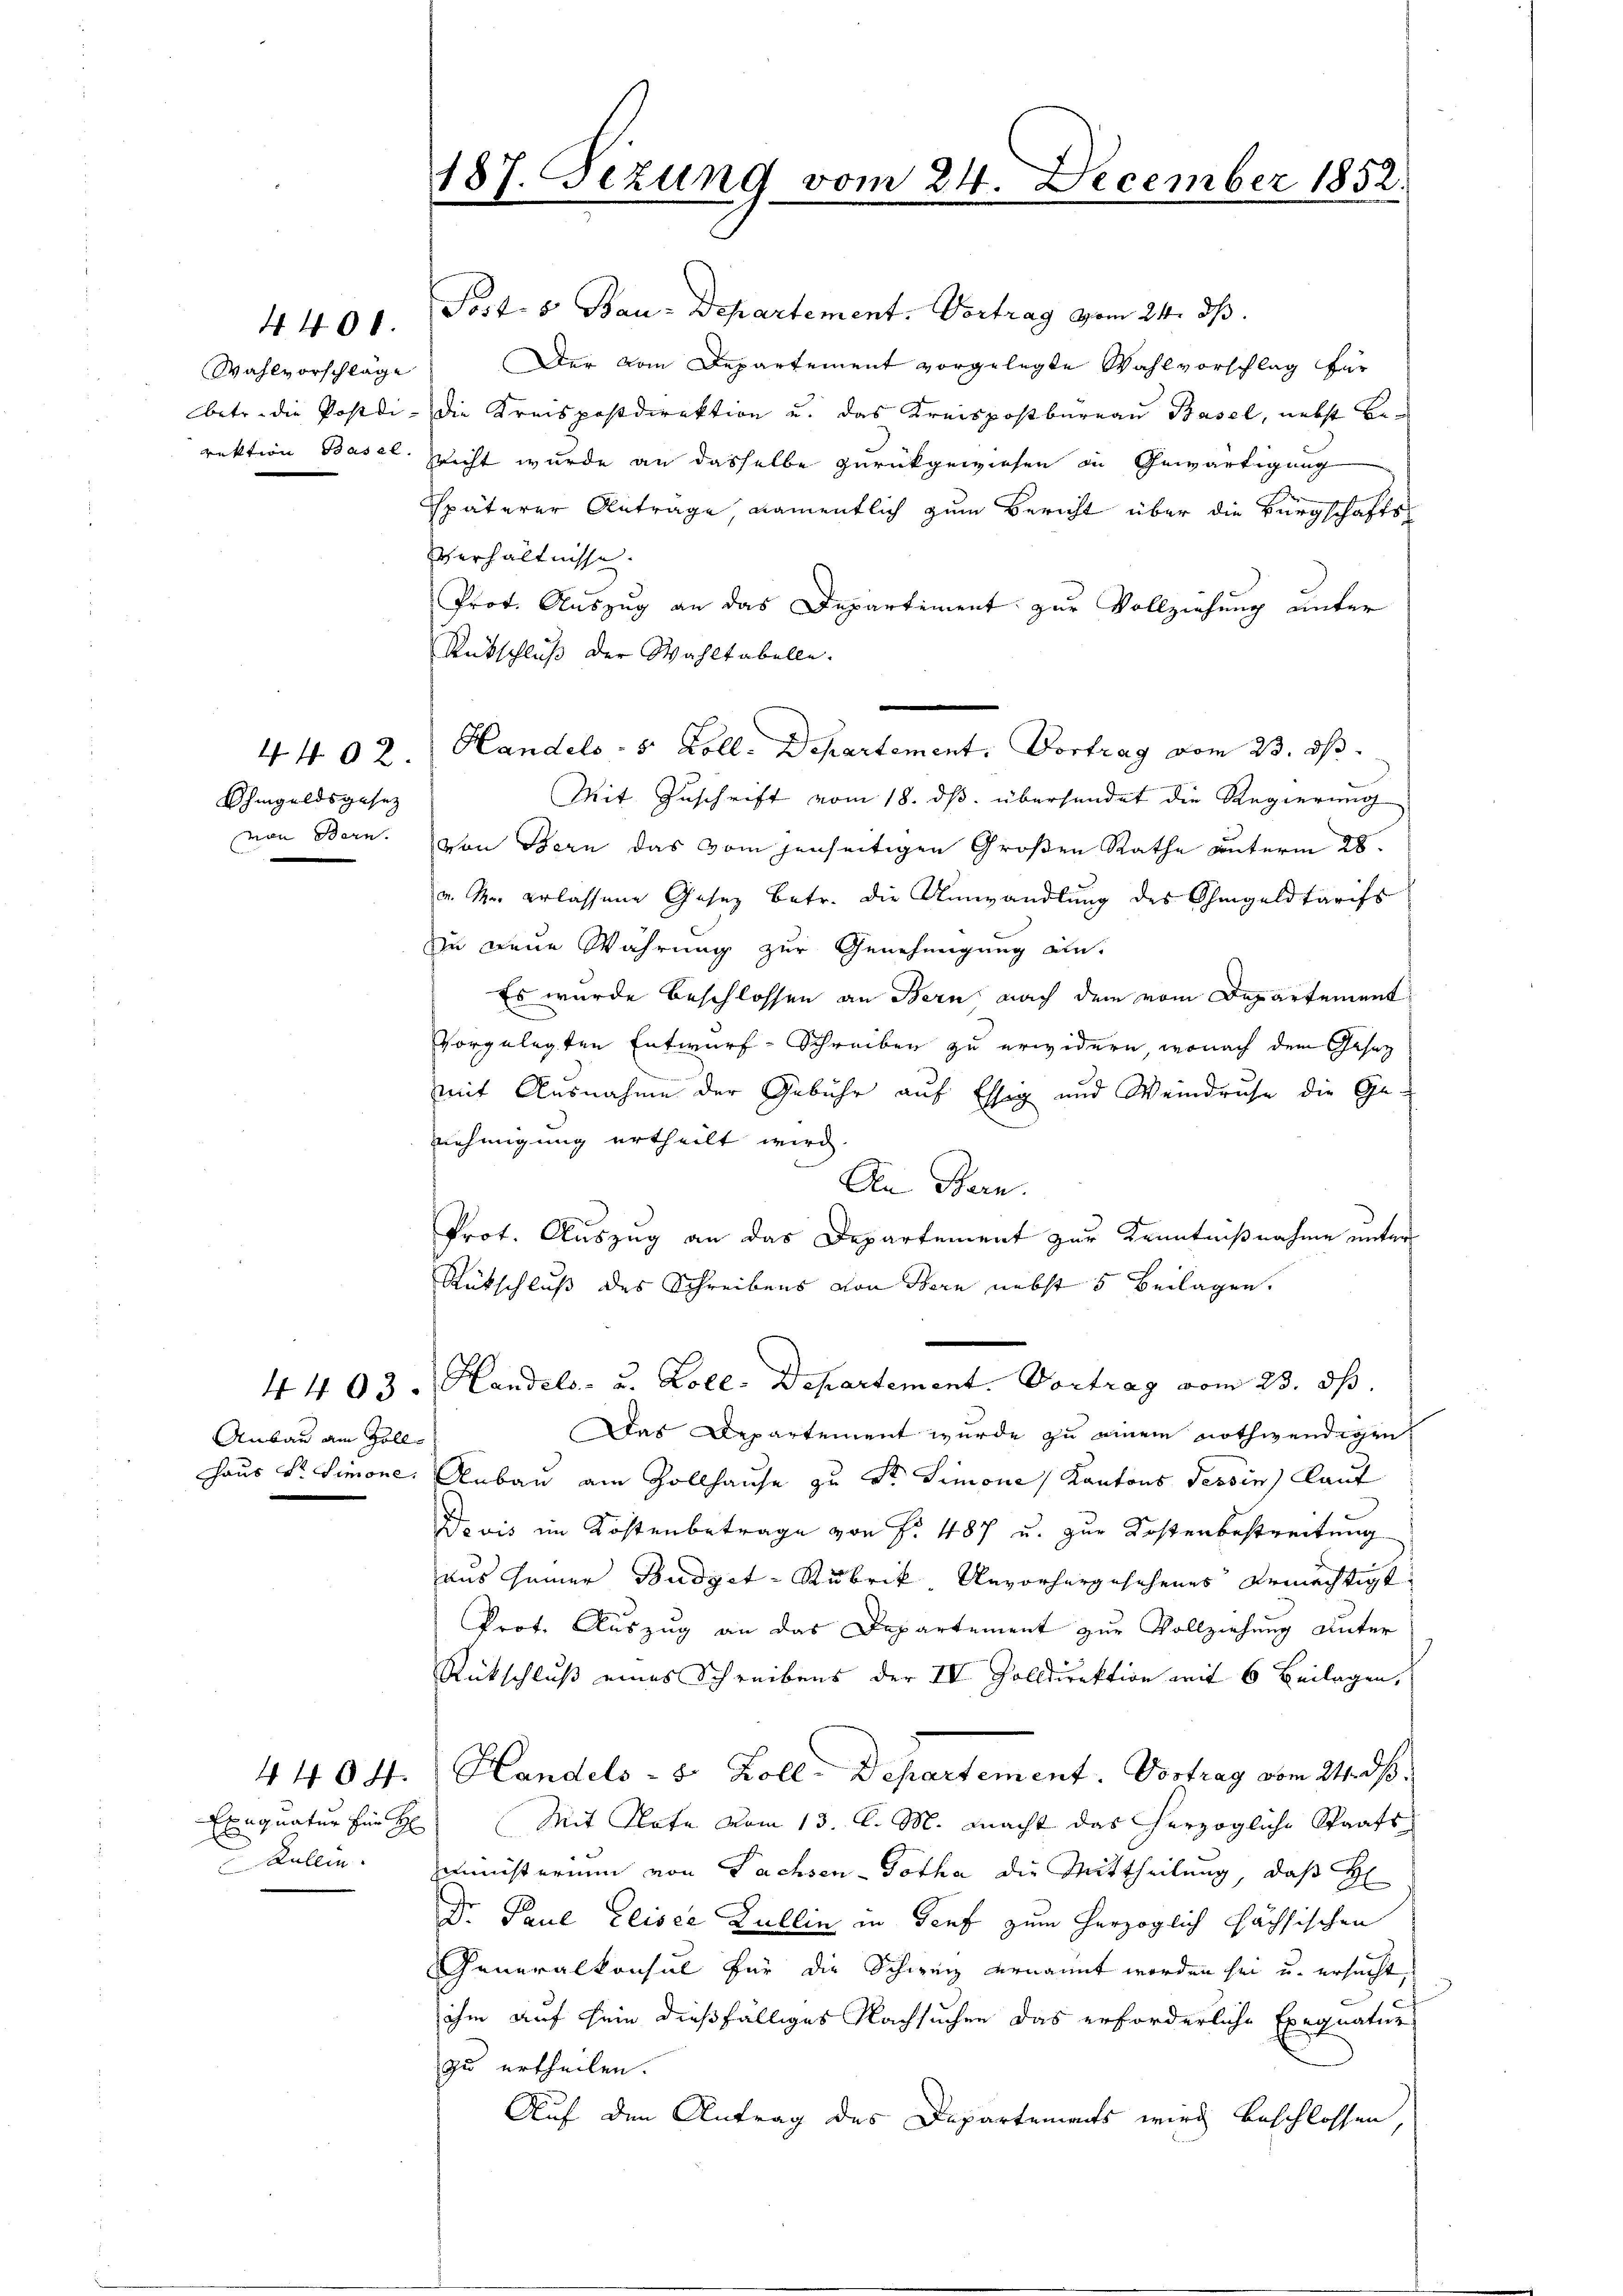
N. 400.
Wahlvorschläge

Ohmgeldsgesez
mon Bern.

Anbau am Zoll¬
Haus Dr. Simone.

187. Fezung vom 24. December 1852.

Post 6 Bau-Departement. Vortrag vom 24. ds.
Der vom Departement vorgelegte Wahlvorschlag für
betr. die Postdi- die Kreispostdirektion u. das Kreispostbureau Basel, nebst Berektion Basel. Wicht wurde an dasselbe zurückgewiesen in Gewärtigung
späterer Antrage namentlich zum Bericht über die Bürgschafts-
Verhältnisse.
Prot. Auszug an das Departement zur Vollziehung unter
Rückschluß der Wahltabelle.
Mit Zuschrift vom 18. dβ überhandet die Regierung
von Bern das vom jenseitigen Großen Rathe unterm 28.
u. der erlassene Gesez betr. die Umwandlung des Ohmgeldtarifs
zu neue Wahrung zur Genehmigung an.
Es wurde beschlossen an Bern nach dem vom Departement
vorgelegten Entwurf-Schreiben zu erwidern, wonach dem Gesetz
mit Ausnahme der Gebühr auf Essig und Weindruhe die Genehmigung ertheilt wird.
An Bern.
Prot. Auszug an das Departement zur Kenntnißnahme unter
Rückschluß des Schreibens von Bern nebst 5 Beilagen.
4 403. Handels- u. Zoll-Departement. Vortrag vom 23. ds
Das Departement wurde zu einem nothwendigen
Anbau am Zollhause zu St. Simones Kantons Tessin, laut
Devis im Kostenbetrage von Nr. 487 u. zur Kostenbestreitung
aus seiner Budget-Rubrik Unvorhergesehenes ermächtigt
Prof. Auszug an das Departement zur Vollziehung unter
Rückschluß eines Schreibens der IV Zolldirektion mit 6 Beilagen,
4404. Handels- 3. Koll. Departement. Vortrag vom 2. ds.
Exnquatur für H. Mit Plate vom 13. C. M. macht das herzogliche Staats-
d
Kallin. Ministerium von Sachsen - Gotha die Mittheilung, daß H
Dr. Paul Elisce Dullin in Genf zum herzoglich sächsischen
Generalkonsul für die Schweiz ernannt worden sei u. ersucht
ihm auf sein dießfälliges Nachsuchen das erforderliche Exequatur
zu urtheilen.
Auf den Antrag des Departements wird beschlossen,

4. 492. Handels- 8 Zoll. Departement. Vortrag vom 23. ds.